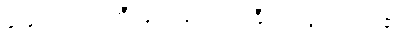
ခြေလှမ်းကျဲကြီးများဖြင့် ရဲရဲကြီး လျှောက်လာ၏။